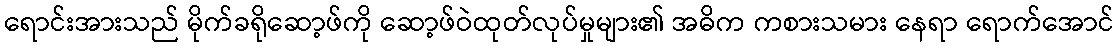
ရောင်းအားသည် မိုက်ခရိုဆော့ဖ်ကို ဆော့ဖ်ဝဲထုတ်လုပ်မှုများ၏ အဓိက ကစားသမား နေရာ ရောက်အောင်